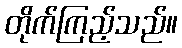
တိုက်ကြည့်သည်။